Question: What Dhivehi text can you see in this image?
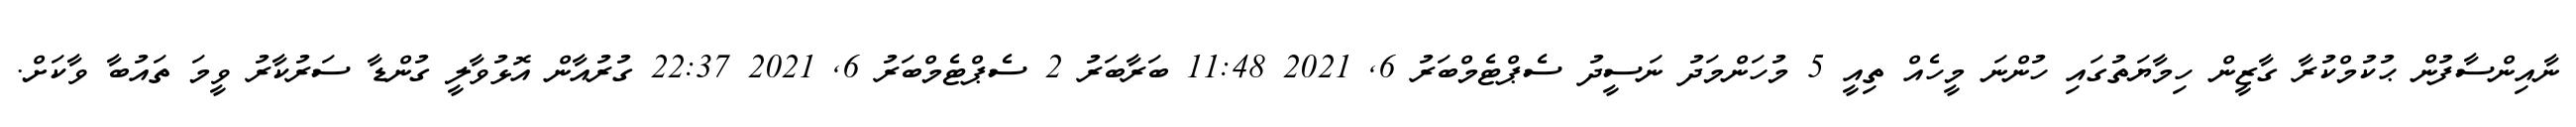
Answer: ނާއިންސާފުން ޙުކުމްކުރާ ގާޒީން ހިމާޔަތުގައި ހުންނަ މީހެއް ތިއީ 5 މުހަންމަދު ނަސީދު ސެޕްޓެމްބަރު 6, 2021 11:48 ބަރާބަރު 2 ސެޕްޓެމްބަރު 6, 2021 22:37 ގުރުއާން އޮޅުވާލީ ގުންޑާ ސަރުކާރު ވީމަ ތައުބާ ވާކަށް.